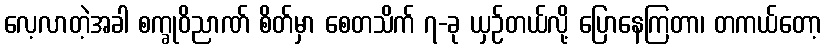
လေ့လာတဲ့အခါ စက္ခုဝိညာဏ် စိတ်မှာ စေတသိက် ၇-ခု ယှဉ်တယ်လို့ ပြောနေကြတာ၊ တကယ်တော့